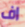
اف